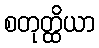
စတုတ္ထိယာ